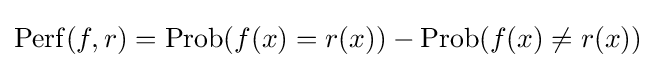
\operatorname {Perf} (f,r)=\operatorname {Prob} (f(x)=r(x))-\operatorname {Prob} (f(x)\neq r(x))